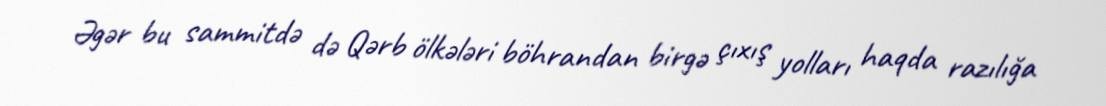
Əgər bu sammitdə də Qərb ölkələri böhrandan birgə çıxış yolları haqda razılığa